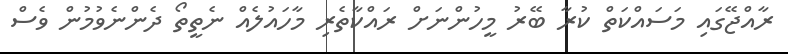
ރާއްޖޭގައި މަސައްކަތް ކުރާ ބޭރު މީހުންނަށް ރައްކާތެރި މާހައުލެއް ނެތީތޯ ދެންނެވުމުން ވެސް